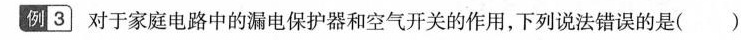
例3 对于家庭电路中的漏电保护器和空气开关的作用，下列说法错误的是()